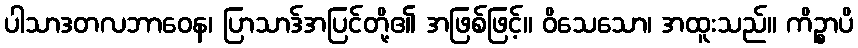
ပါသာဒတလဘာဝေန၊ ပြာသာဒ်အပြင်တို့၏ အဖြစ်ဖြင့်။ ဝိသေသော၊ အထူးသည်။ ကိဉ္စာပိ